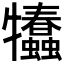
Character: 𤜗